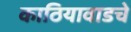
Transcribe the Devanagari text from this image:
काठियावाडचे